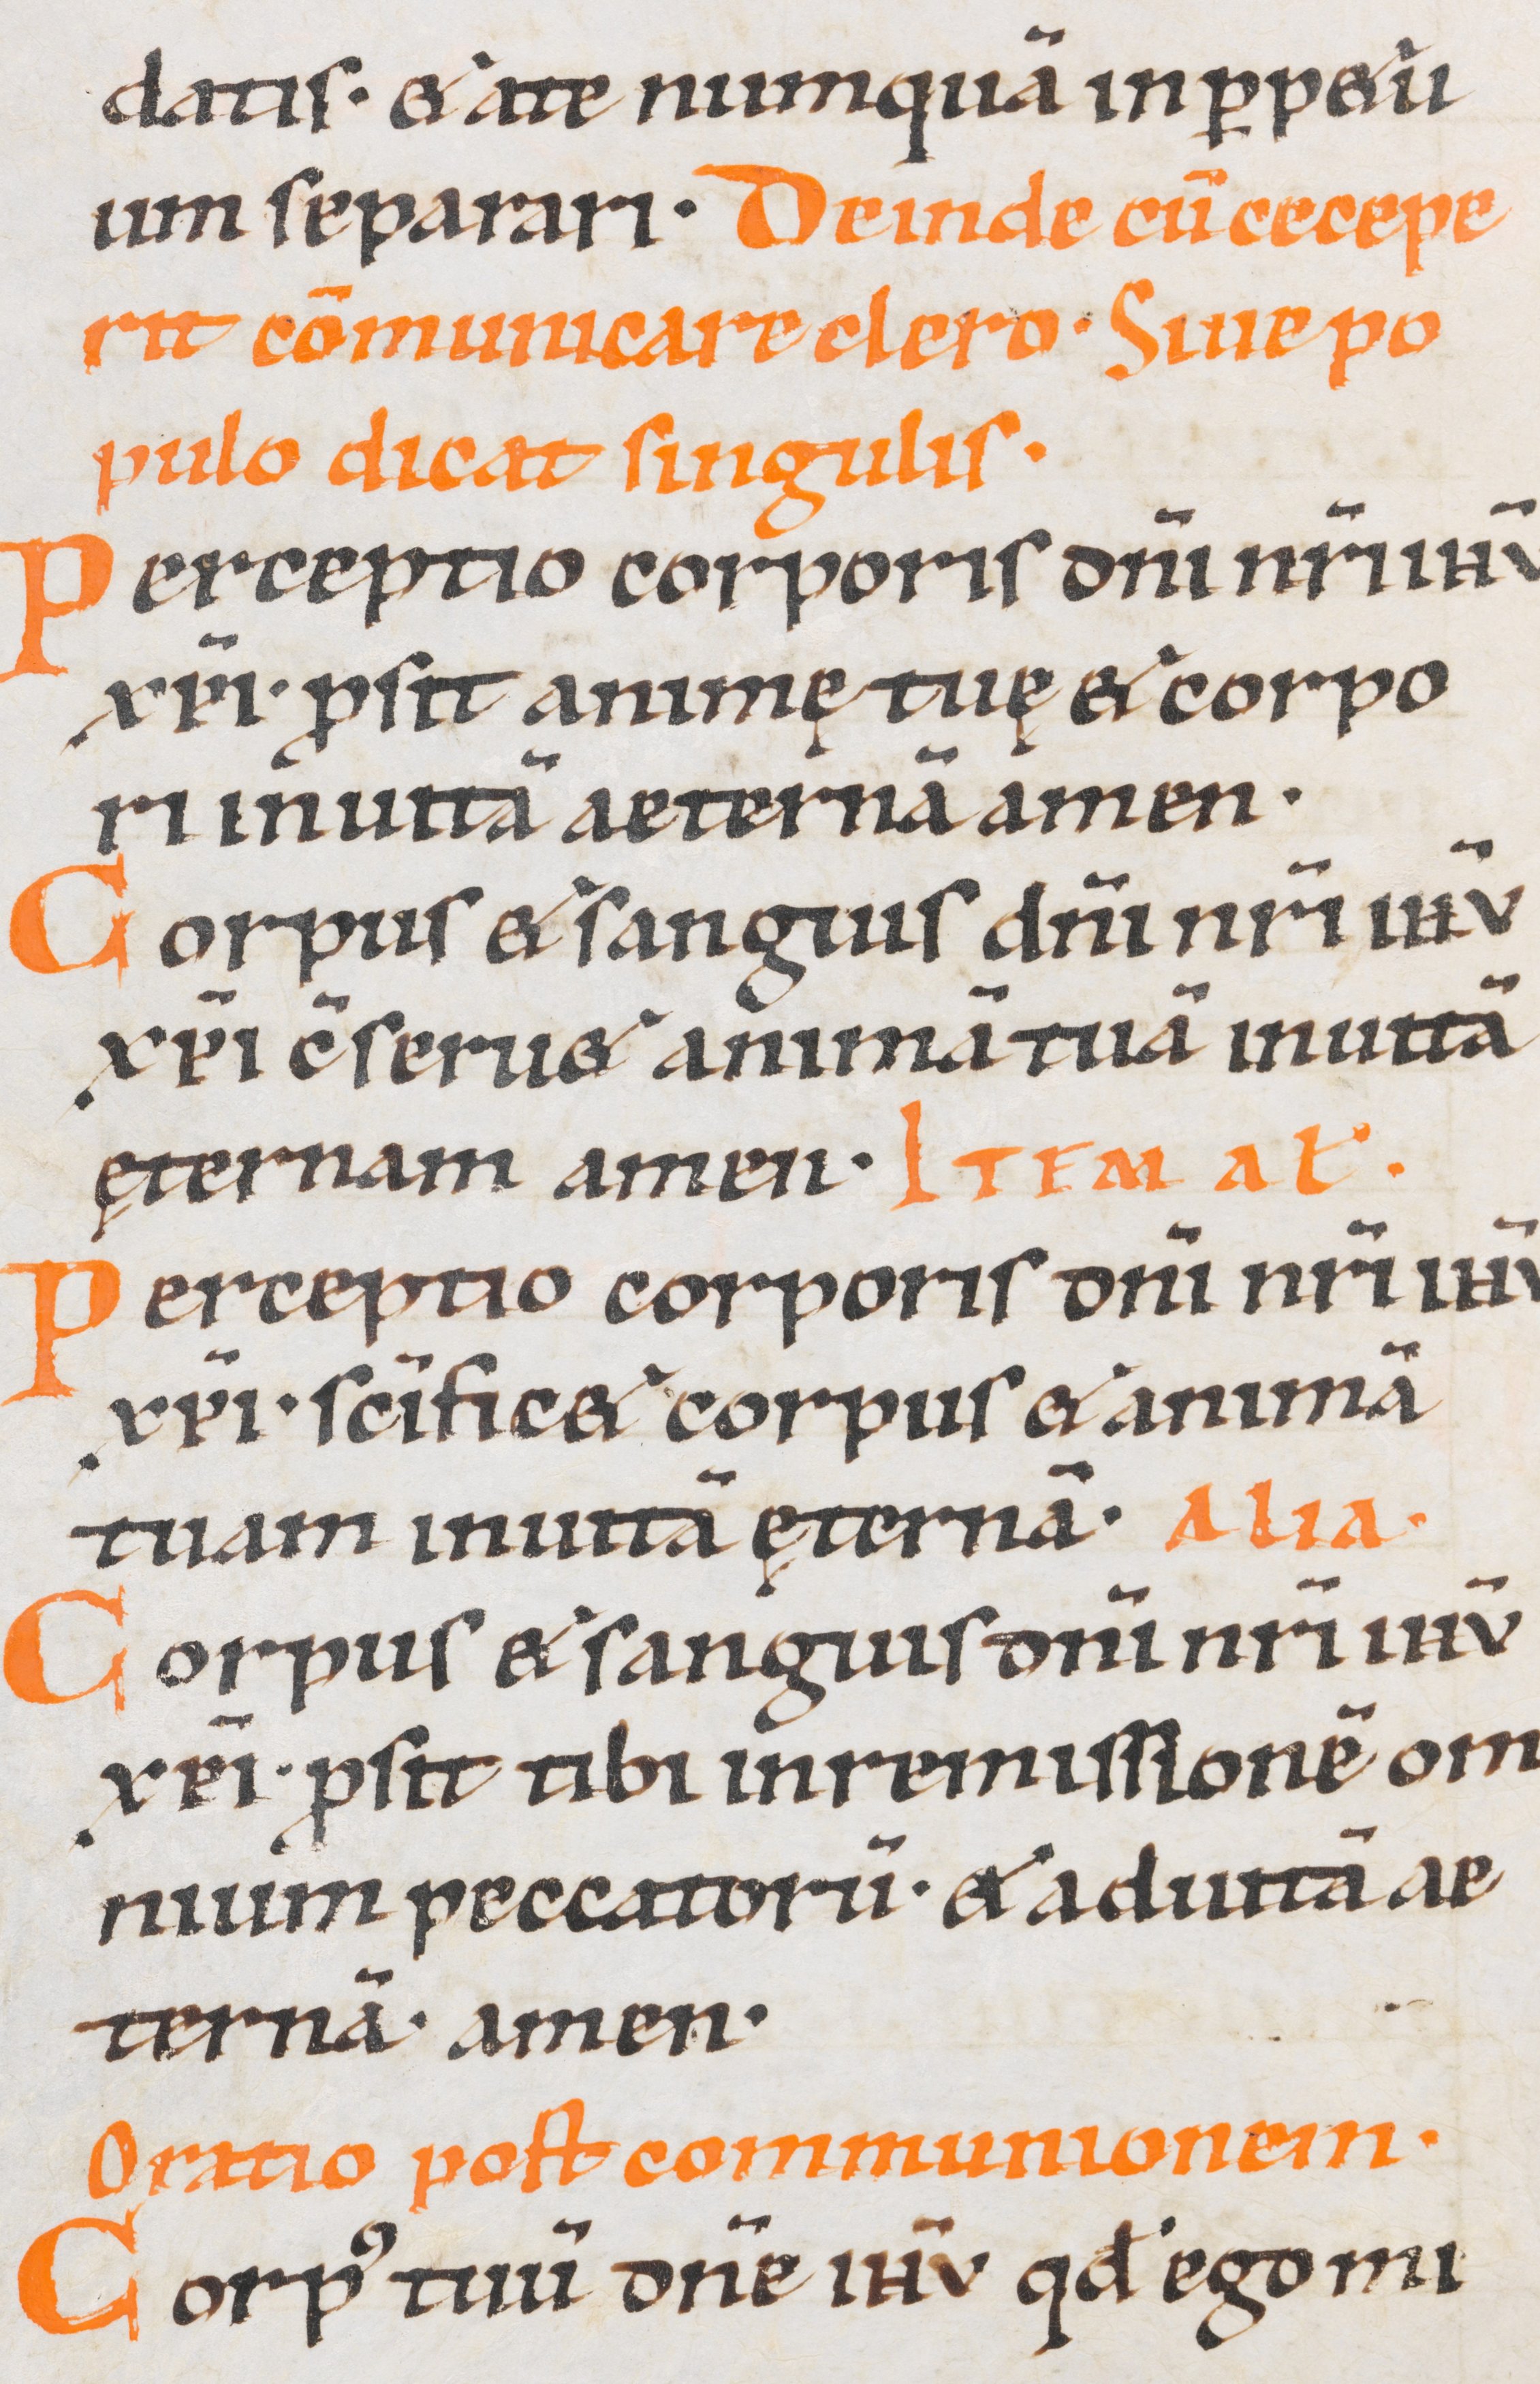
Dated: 1000–1099